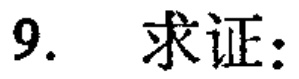
9. 求证：